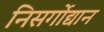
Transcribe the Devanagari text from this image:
निसर्गोद्यान